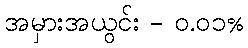
အမှားအယွင်း - ၀.၀၁%